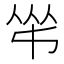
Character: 𠁮